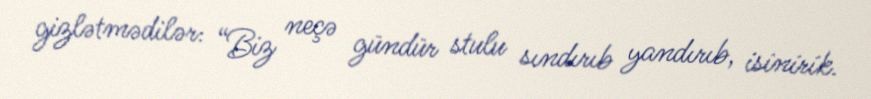
gizlətmədilər: “Biz neçə gündür stulu sındırıb yandırıb, isinirik.